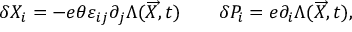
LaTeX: \delta X _ { i } = - e \theta \varepsilon _ { i j } \partial _ { j } \Lambda ( \overrightarrow { X } , t ) \qquad \delta P _ { i } = e \partial _ { i } \Lambda ( \overrightarrow { X } , t ) ,